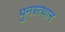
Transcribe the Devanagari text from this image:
पुनस्र्त्थान